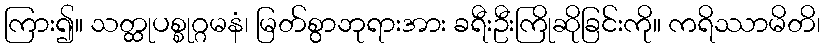
ကြား၍။ သတ္ထုပစ္စုဂ္ဂမနံ၊ မြတ်စွာဘုရားအား ခရီးဦးကြိုဆိုခြင်းကို။ ကရိဿာမိတိ၊